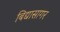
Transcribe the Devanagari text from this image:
बिद्यासागर